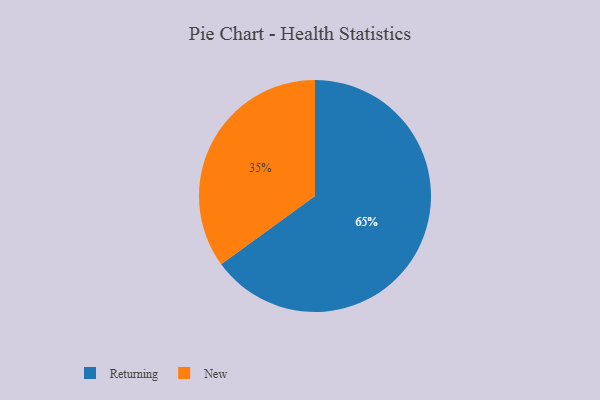
{"axis": {"x": "Category", "y": "Percentage"}, "legend": ["New", "Returning"], "data": [{"x": "Returning", "y": 65, "type": "Returning"}, {"x": "New", "y": 35, "type": "New"}]}